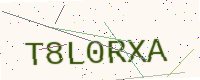
Text: T8L0RXA